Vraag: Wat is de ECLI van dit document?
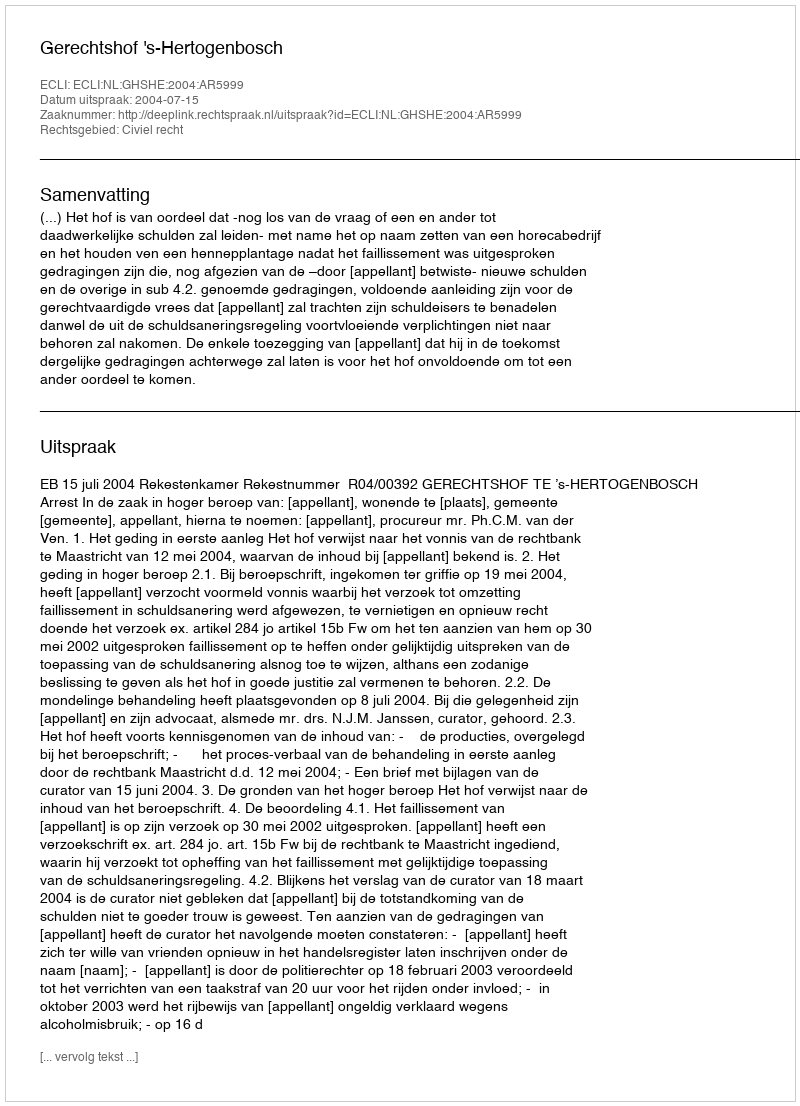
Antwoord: ECLI:NL:GHSHE:2004:AR5999